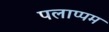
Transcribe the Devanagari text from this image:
पलाप्पम